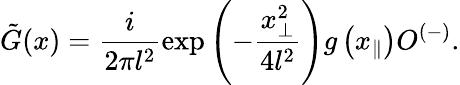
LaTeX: \tilde{G}(x)=\frac{i}{2\pi l^{2}}\exp\left(-\frac{x_{\perp}^{2}}{4l^{2}}\right)g\left(x_{\parallel}\right)O^{(-)}.